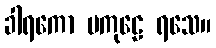
ခါရကော မကုဠေ ရသေ။